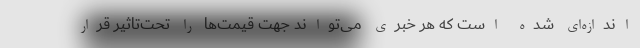
اندازه‌ای شده است که هر خبری می‌تواند جهت قیمت‌ها را تحت‌تاثیر قرار